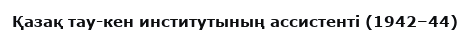
Қазақ тау-кен институтының ассистенті (1942–44)